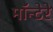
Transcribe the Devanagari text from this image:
मॉन्टेरे